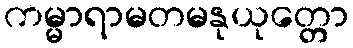
ကမ္မာရာမတမနုယုတ္တော